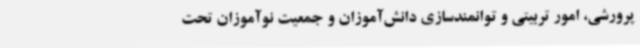
پرورشی، امور تربیتی و توانمندسازی دانش‌آموزان و جمعیت نوآموزان تحت